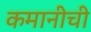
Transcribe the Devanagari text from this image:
कमानीची